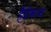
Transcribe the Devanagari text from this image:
हैंडीक्त्राफ्ट